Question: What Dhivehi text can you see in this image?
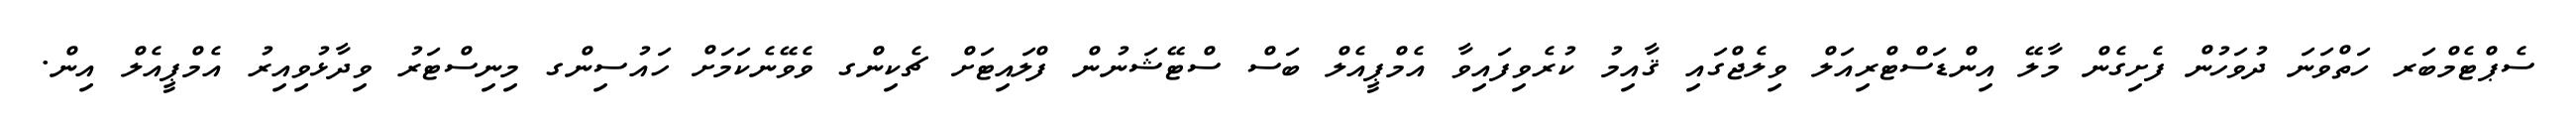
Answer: ސެޕްޓެމްބަރ ހަތްވަނަ ދުވަހުން ފެށިގެން މާލޭ އިންޑަސްޓްރިއަލް ވިލެޖްގައި ޤާއިމު ކުރެވިފައިވާ އެމްޕީއެލް ބަސް ސްޓޭޝަނުން ފްލައިޓަށް ޗެކިންގ ވެވޭނެކަމަށް ހައުސިންގ މިނިސްޓަރު ވިދާޅުވިއިރު އެމްޕީއެލް އިން.